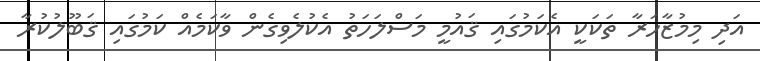
އަދި މިމުޒާހަރާ ތަކަކީ އެކަމުގައި ޤައުމީ މަސްލަހަތު އެކުލެވިގެން ވާކަމެއް ކަމުގައި ޤަބޫލުކުރާ